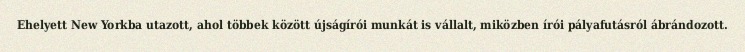
Ehelyett New Yorkba utazott, ahol többek között újságírói munkát is vállalt, miközben írói pályafutásról ábrándozott.